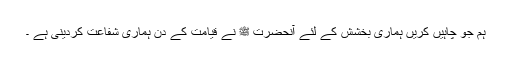
ہم جو چاہیں کریں ہماری بخشش کے لئے آنحضرت ﷺ نے قیامت کے دن ہماری شفاعت کردینی ہے ۔